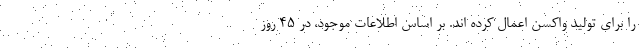
را برای تولید واکسن اعمال کرده اند. بر اساس اطلاعات موجود، در ۴۵ روز